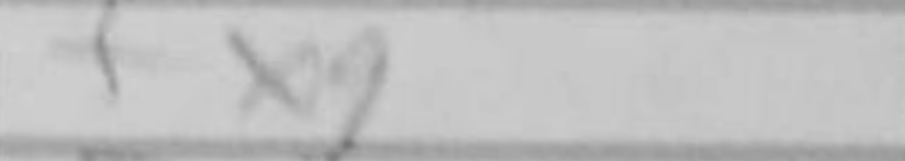
Transcription: fxg